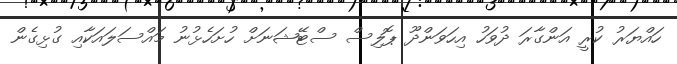
ހައްޔަރު ކުރީ އަންގާރަ ދުވަހު އިހަވަންދޫ ޕޮލިސް ސްޓޭޝަނަށް ހުށަހެޅުނު މައްސަލައަކާއި ގުޅިގެން